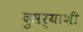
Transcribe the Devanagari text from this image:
दुसर्याशी